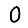
Digit: 0